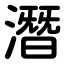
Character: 潛